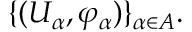
\{ ( U _ { \alpha } , \varphi _ { \alpha } ) \} _ { \alpha \in A } .